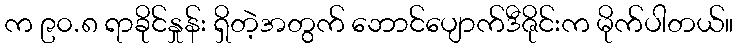
က ၉၀.၈ ရာခိုင်နှုန်း ရှိတဲ့အတွက် ဘောင်ပျောက်ဒီဇိုင်းက မိုက်ပါတယ်။